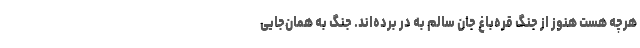
هرچه هست هنوز از جنگ قره‌باغ جان سالم به در برده‌اند. جنگ به همان‌جایی